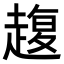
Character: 𧼱